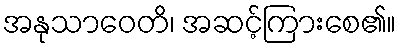
အနုသာဝေတိ၊ အဆင့်ကြားစေ၏။